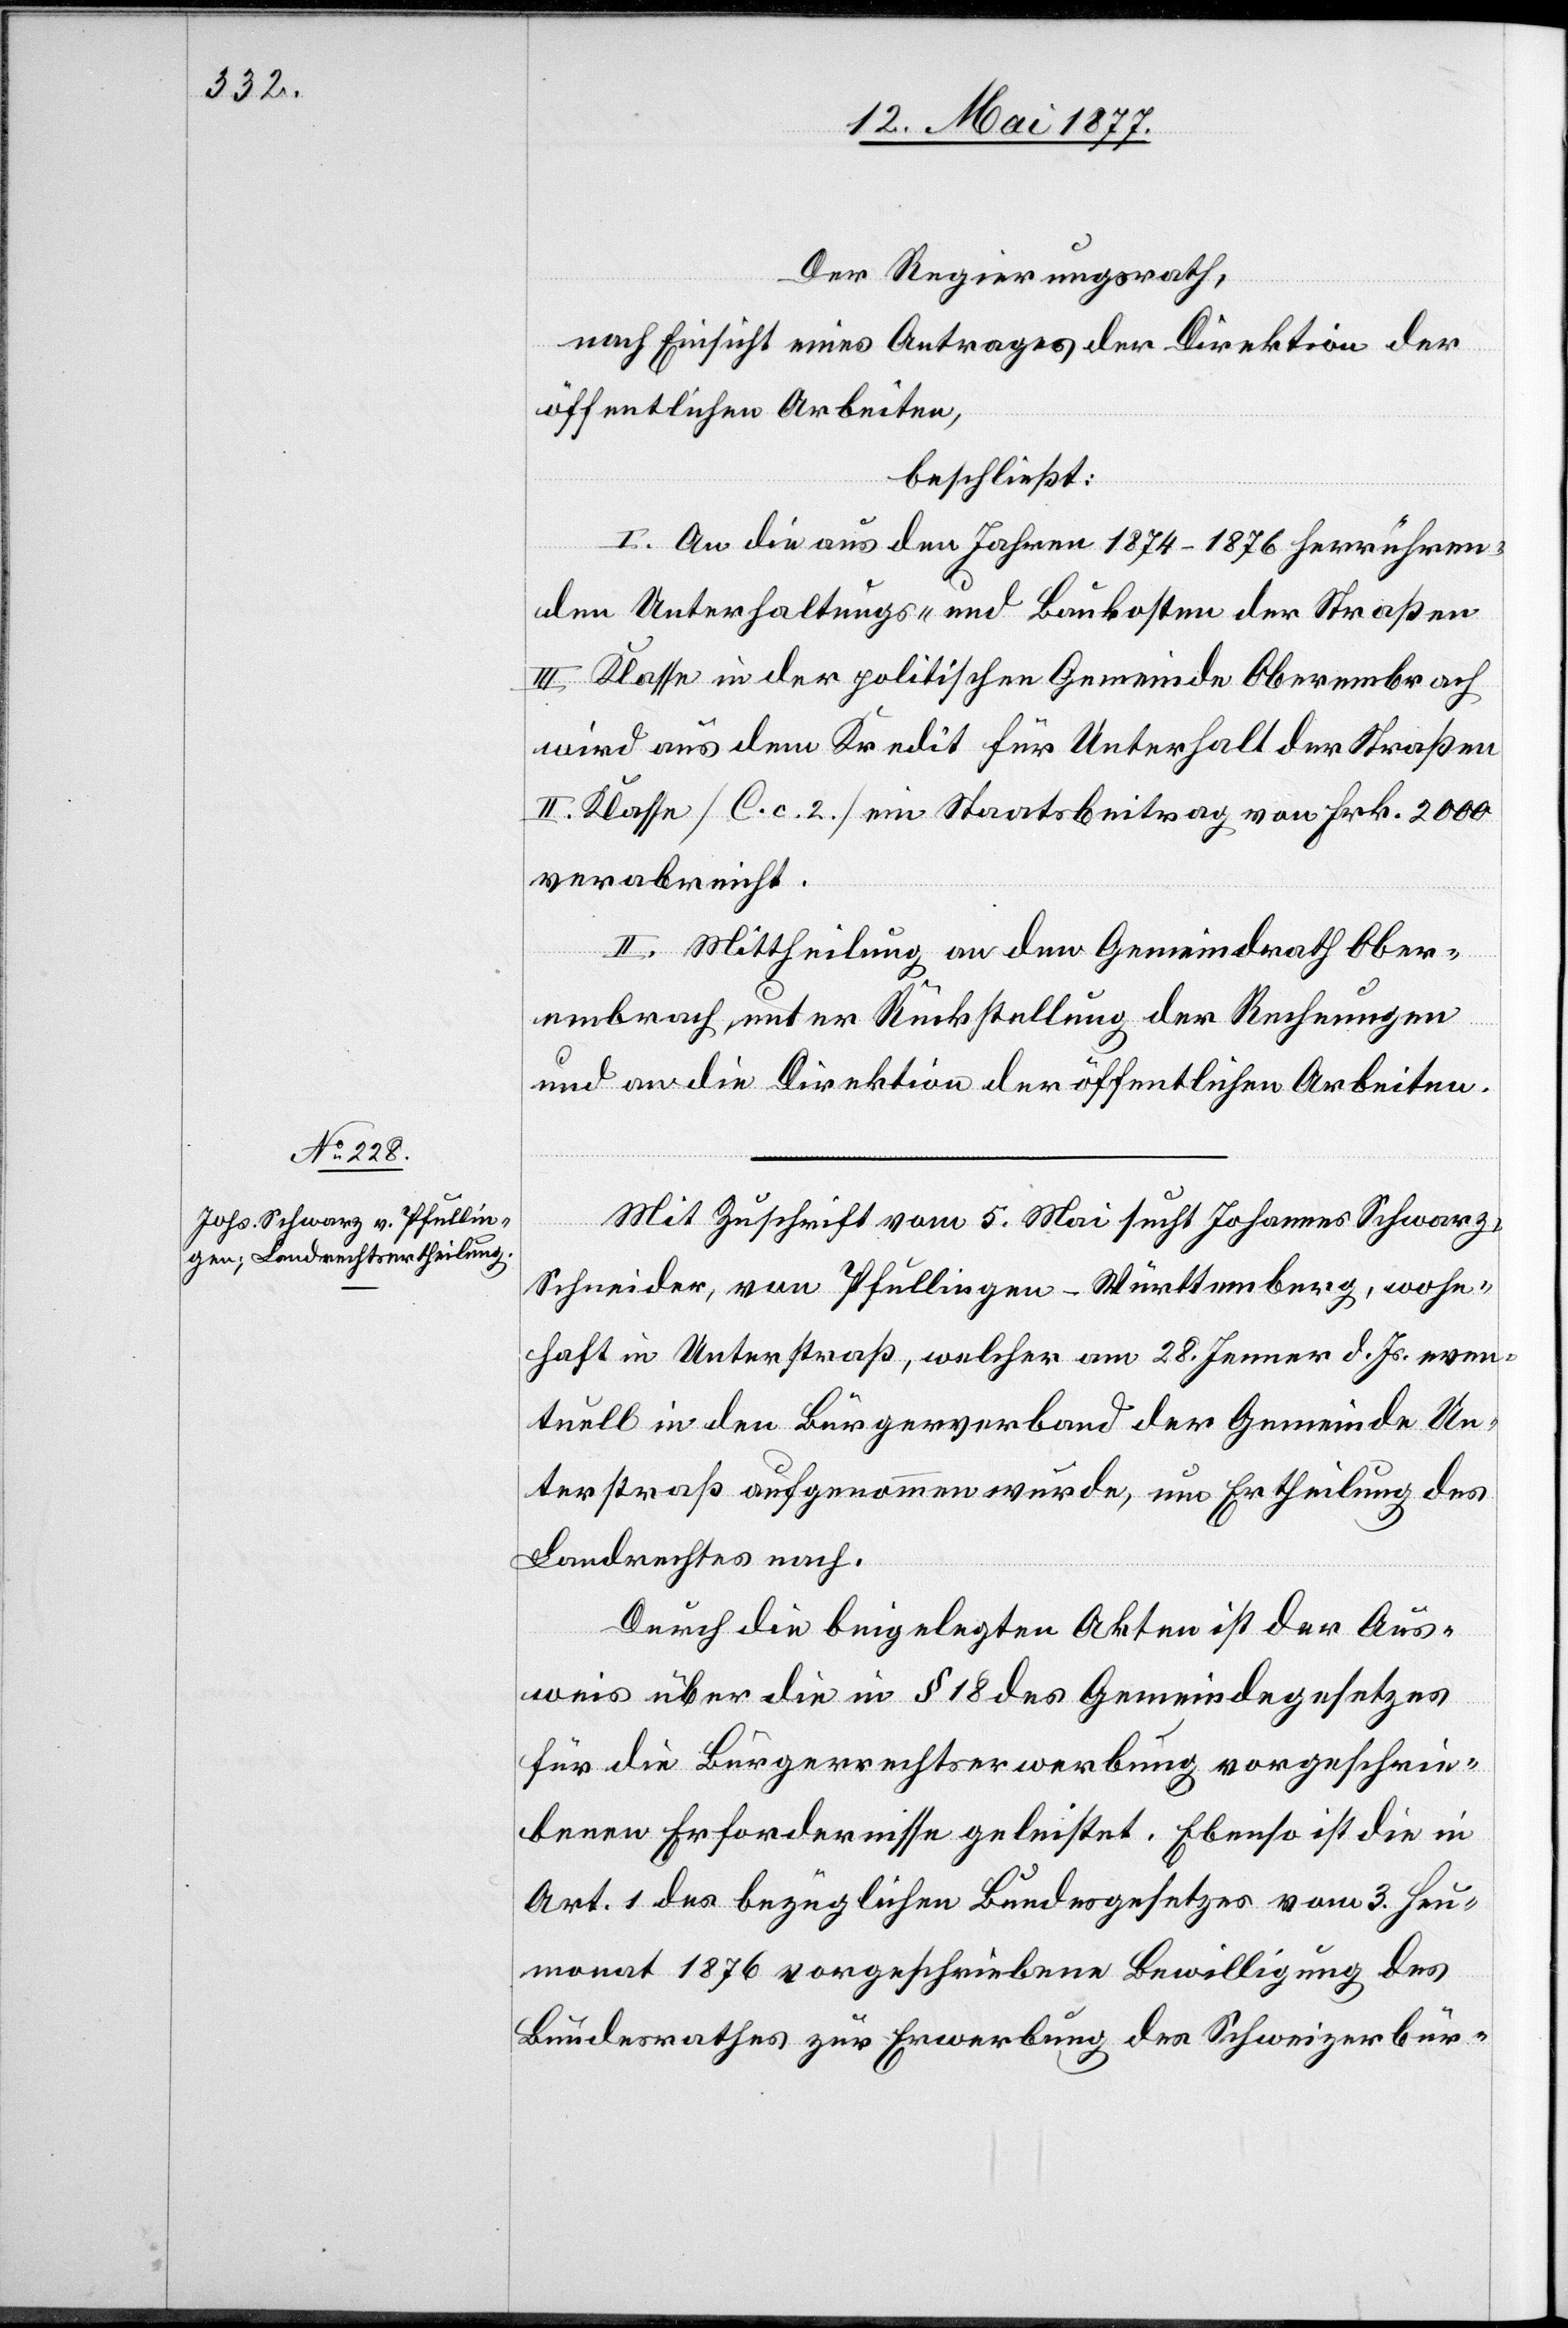
Der Regierungsrath,
nach Einsicht eines Antrages der Direktion der
öffentlichen Arbeiten,
beschließt:
I. An die aus den Jahren 1874–1876 herrühren¬
den Unterhaltungs- und Baukosten der Straßen
III. Klasse in der politischen Gemeinde Oberembrach
wird aus dem Kredit für Unterhalt der Straßen
II. Klasse [C. c. 2] ein Staatsbeitrag von Frk. 2000
verabreicht.
II. Mittheilung an den Gemeindrath Ober¬
embrach, unter Rückstellung der Rechnungen
und an die Direktion der öffentlichen Arbeiten.
Mit Zuschrift vom 5. Mai sucht Johannes Schwarz,
Schneider, von Pfullingen - Württemberg, wohn¬
haft in Unterstraß, welcher am 28. Jenner d. Js. even¬
tuell in den Bürgerverband der Gemeinde Un¬
terstraß aufgenommen wurde, um Ertheilung des
Landrechtes nach.
Durch die beigelegten Akten ist der Aus¬
weis über die in § 18 des Gemeindegesetzes
für die Bürgerrechtserwerbung vorgeschrie¬
benen Erfordernisse geleistet. Ebenso ist die in
Art. 1 des bezüglichen Bundesgesetzes vom 3. Heu¬
monat 1876 vorgeschriebene Bewilligung des
Bundesrathes zur Erwerbung des Schweizerbür-